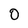
Character: O